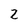
Character: Z